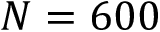
N = 6 0 0